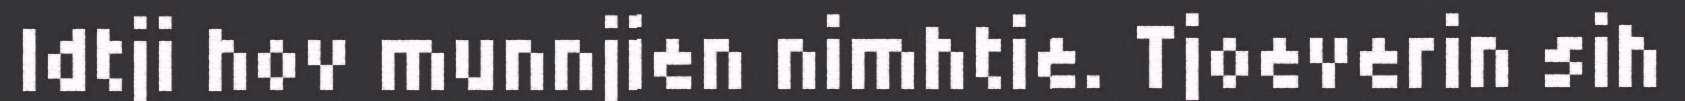
Idtji hov munnjien nimhtie. Tjoeverin sih